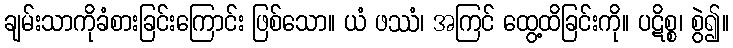
ချမ်းသာကိုခံစားခြင်းကြောင်း ဖြစ်သော။ ယံ ဖဿံ၊ အကြင် ထွေ့ထိခြင်းကို။ ပဋိစ္စ၊ စွဲ၍။